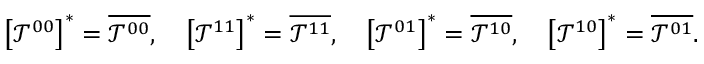
\left[ \mathcal { T } ^ { 0 0 } \right] ^ { * } = \overline { { \mathcal { T } ^ { 0 0 } } } , \quad \left[ \mathcal { T } ^ { 1 1 } \right] ^ { * } = \overline { { \mathcal { T } ^ { 1 1 } } } , \quad \left[ \mathcal { T } ^ { 0 1 } \right] ^ { * } = \overline { { \mathcal { T } ^ { 1 0 } } } , \quad \left[ \mathcal { T } ^ { 1 0 } \right] ^ { * } = \overline { { \mathcal { T } ^ { 0 1 } } } .